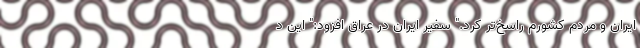
ایران و مردم کشورم راسخ‌تر کرد." سفیر ایران در عراق افزود:" این د